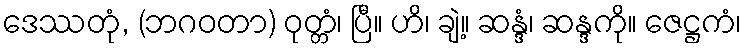
ဒေဿတုံ, (ဘဂဝတာ) ဝုတ္တံ၊ ပြီ။ ဟိ၊ ချဲ့။ ဆန္ဒံ၊ ဆန္ဒကို။ ဇေဋ္ဌကံ၊